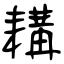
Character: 耩